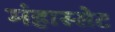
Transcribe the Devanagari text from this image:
मंहास्सेट